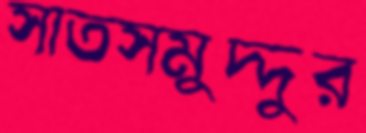
সাতসমুদ্দুর